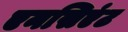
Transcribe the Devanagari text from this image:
एनसिएंट